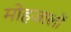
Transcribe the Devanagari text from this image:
मोहजालों